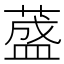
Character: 𦼦